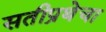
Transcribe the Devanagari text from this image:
सतीप्रथेचा